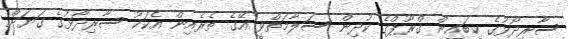
ސާރިދޯޅުގެ ކިބައިން ގްރޫޕްގެ ކުދިން ސަލާމަތްވީ އޭގެ ތެރެއިން އެކަކު ސާރިދޯޅުގެ ގަޔަށް